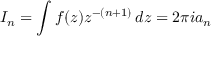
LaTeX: I _ { n } = \int f ( z ) z ^ { - ( n + 1 ) } \, d z = 2 \pi i a _ { n }